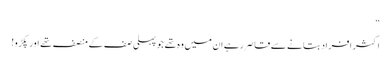
“
اکثر افراد بتانے سے قاصر رہے ان میں وہ تھے جو پہلی صف کے منصف تھے اور پکڑو!